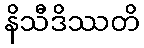
နိသီဒိဿတိ